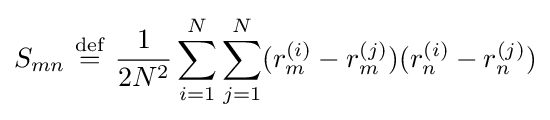
S_{mn}\ {\stackrel {\mathrm {def} }{=}}\ {\frac {1}{2N^{2}}}\sum _{i=1}^{N}\sum _{j=1}^{N}(r_{m}^{(i)}-r_{m}^{(j)})(r_{n}^{(i)}-r_{n}^{(j)})